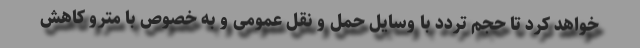
خواهد کرد تا حجم تردد با وسایل حمل و نقل عمومی و به خصوص با مترو کاهش